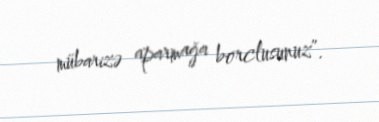
mübarizə aparmağa borclusunuz”.